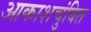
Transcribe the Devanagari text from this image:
आकाशचुंबित